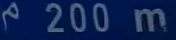
200m